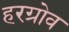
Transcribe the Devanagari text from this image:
हरग्रोव